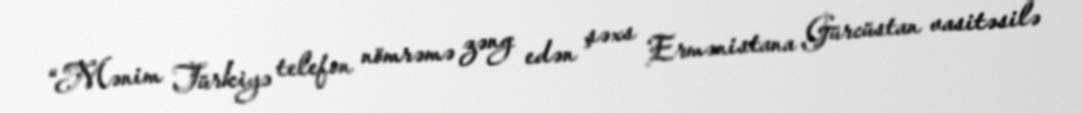
“Mənim Türkiyə telefon nömrəmə zəng edən şəxs Ermənistana Gürcüstan vasitəsilə